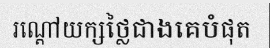
រណ្តៅយក្សថ្លៃជាងគេបំផុត